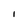
Character: 1